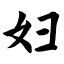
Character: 妇